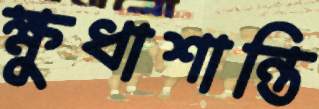
ক্ষুধাশান্তি